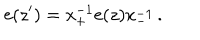
\mathrm { e } ( z ^ { \prime } ) = \mathrm { x } _ { + } ^ { - 1 } \mathrm { e } ( z ) \mathrm { x } _ { - } ^ { - 1 } \, .